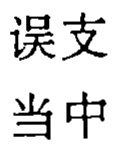
误支
当中